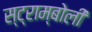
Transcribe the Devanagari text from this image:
स्ट्राम्बोली